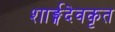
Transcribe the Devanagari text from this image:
शार्ङ्गदेवकृत